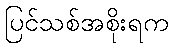
ပြင်သစ်အစိုးရက